Indian journal of veterinary science and animal husbandry - Volume 13,
Year: 1943
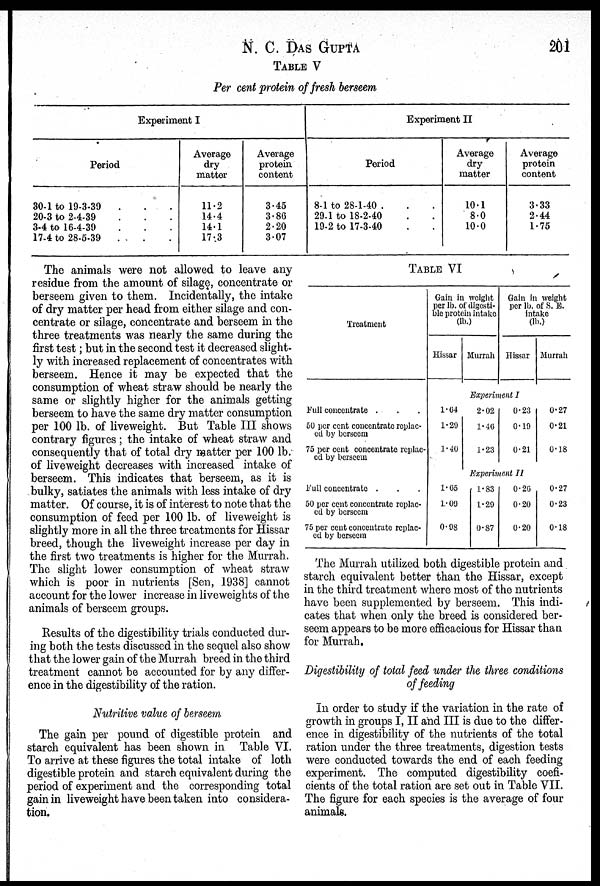
N. C. DAS GUPTA 201
TABLE V
Per cent protein of fresh berseem
Experiment I
Period
30-1 to 19-3-39 . . .
20-3 to 2-4-39 . . .
3-4 to 16-4-39 . . .
17-4 to 28-5-39 . . .
Average
dry
matter
11.2
14.4
14.1
17.3
Average
protein
content
3.45
3.86
2.20
3.07
Experiment II
Period
8-1 to 28-1-40 . . .
29.1 to 18-2-40
.
.
19-2 to 17-3-40
.
.
Average
dry
matter
10.1
8.0
10.0
Average
protein
content
3.33
2.44
1.75
The animals were not allowed to leave any
residue from the amount of silage, concentrate or
berseem given to them. Incidentally, the intake
of dry matter per head from either silage and con-
centrate or silage, concentrate and berseem in the
three treatments was nearly the same during the
first test; but in the second test it decreased slight-
ly with increased replacement of concentrates with
berseem. Hence it may be expected that the
consumption of wheat straw should be nearly the
same or slightly higher for the animals getting
berseem to have the same dry matter consumption
per 100 lb. of liveweight. But Table III shows
contrary figures; the intake of wheat straw and
consequently that of total dry matter per 100 lb.
of liveweight decreases with increased intake of
berseem. This indicates that berseem, as it is
bulky, satiates the animals with less intake of dry
matter. Of course, it is of interest to note that the
consumption of feed per 100 lb. of liveweight is
slightly more in all the three treatments for Hissar
breed, though the liveweight increase per day in
the first two treatments is higher for the Murrah.
The slight lower consumption of wheat straw
which is poor in nutrients [Sen, 1938] cannot
account for the lower increase in liveweights of the
animals of berseem groups.
Results of the digestibility trials conducted dur-
ing both the tests discussed in the sequel also show
that the lower gain of the Murrah breed in the third
treatment cannot be accounted for by any differ-
ence in the digestibility of the ration.
Nutritive value of berseem
The gain per pound of digestible protein and
starch equivalent has been shown in Table VI.
To arrive at these figures the total intake of loth
digestible protein and starch equivalent during the
period of experiment and the corresponding total
gain in liveweight have been taken into considera-
tion.
TABLE VI
Treatment
Full concentrate . . .
50 per cent concentrate replac-
ed by berseem
75 per cent concentrate replac-
ed by berseem
Full concentrate . . .
50 per cent concentrate replac-
ed by berseem
75 per cent concentrate replac-
ed by berseem
Gain in weight
per lb. of digesti-
ble protein intake
(lb.)
Hissar
1.64
1.29
1.40
1.65
1.09
0.98
Murrah
Gain in weight
per lb. of S. E.
intake
(lb.)
Hissar
Experiment I
2.02
1.46
1.23
0.23
0.19
0.21
Experiment II
1.83
1.29
0.87
0.26
0.20
0.20
Murrah
0.27
0.21
0.18
0.27
0.23
0.18
The Murrah utilized both digestible protein and
starch equivalent better than the Hissar, except
in the third treatment where most of the nutrients
have been supplemented by berseem. This indi-
cates that when only the breed is considered ber-
seem appears to be more efficacious for Hissar than
for Murrah.
Digestibility of total feed under the three conditions
of feeding
In order to study if the variation in the rate of
growth in groups I, II and III is due to the differ-
ence in digestibility of the nutrients of the total
ration under the three treatments, digestion tests
were conducted towards the end of each feeding
experiment. The computed digestibility coefi-
cients of the total ration are set out in Table VII.
The figure for each species is the average of four
animals.